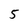
Character: 5